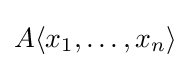
A\langle x_{1},\dots ,x_{n}\rangle